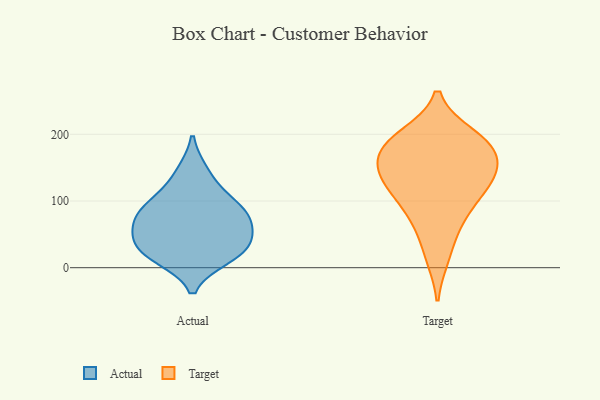
{"axis": {"x": "Humidity (%)", "y": "Value"}, "legend": ["Actual", "Target"], "data": [{"x": "", "y": 39, "type": "Actual"}, {"x": "", "y": 143, "type": "Actual"}, {"x": "", "y": 27, "type": "Actual"}, {"x": "", "y": 86, "type": "Actual"}, {"x": "", "y": 23, "type": "Actual"}, {"x": "", "y": 65, "type": "Actual"}, {"x": "", "y": 16, "type": "Actual"}, {"x": "", "y": 63, "type": "Actual"}, {"x": "", "y": 84, "type": "Actual"}, {"x": "", "y": 105, "type": "Actual"}, {"x": "", "y": 191, "type": "Target"}, {"x": "", "y": 191, "type": "Target"}, {"x": "", "y": 84, "type": "Target"}, {"x": "", "y": 198, "type": "Target"}, {"x": "", "y": 116, "type": "Target"}, {"x": "", "y": 64, "type": "Target"}, {"x": "", "y": 152, "type": "Target"}, {"x": "", "y": 138, "type": "Target"}, {"x": "", "y": 17, "type": "Target"}, {"x": "", "y": 166, "type": "Target"}, {"x": "", "y": 137, "type": "Target"}, {"x": "", "y": 116, "type": "Target"}, {"x": "", "y": 174, "type": "Target"}]}